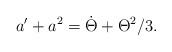
LaTeX: \begin{align*}a^{\prime }+a^{2}=\dot{\Theta}+\Theta ^{2}/3. \end{align*}